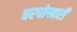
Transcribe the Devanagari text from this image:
चरपोखारी